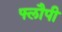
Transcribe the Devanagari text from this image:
फ्लौपी